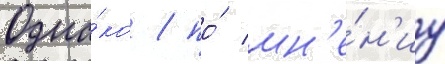
Одна́ко / по́ мн'е́н'иу